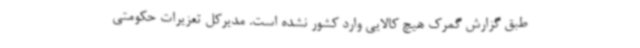
طبق گزارش گمرک هیچ کالایی وارد کشور نشده است. مدیرکل تعزیرات حکومتی